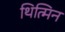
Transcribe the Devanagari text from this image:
थित्मिन